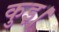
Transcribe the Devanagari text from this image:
कुइ।